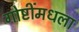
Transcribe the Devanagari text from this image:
गोष्टींमधला